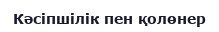
Кәсіпшілік пен қолөнер